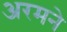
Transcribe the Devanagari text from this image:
अरमने